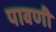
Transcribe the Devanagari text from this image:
पावणी